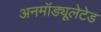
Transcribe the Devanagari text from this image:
अनमॉड्यूलेटेड